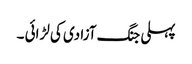
پہلی جنگ آزادی کی لڑائی ۔